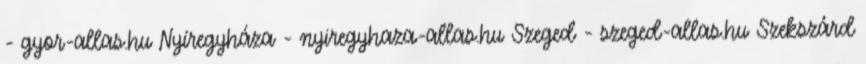
- gyor-allas.hu Nyíregyháza - nyiregyhaza-allas.hu Szeged - szeged-allas.hu Szekszárd